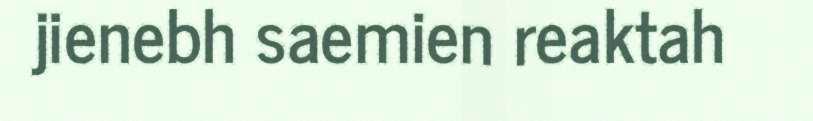
jienebh saemien reaktah